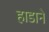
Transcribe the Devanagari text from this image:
हाडाने